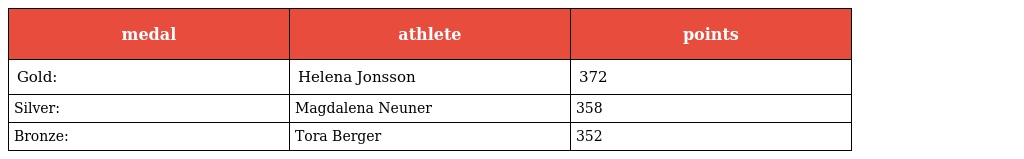
| medal | athlete | points |
 | --- | --- | --- |
 | Gold: | Helena Jonsson | 372 |
 | Silver: | Magdalena Neuner | 358 |
 | Bronze: | Tora Berger | 352 |